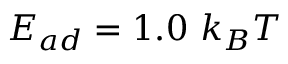
E _ { a d } = 1 . 0 ~ k _ { B } T